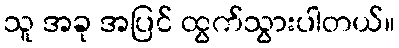
သူ အခု အပြင် ထွက်သွားပါတယ်။